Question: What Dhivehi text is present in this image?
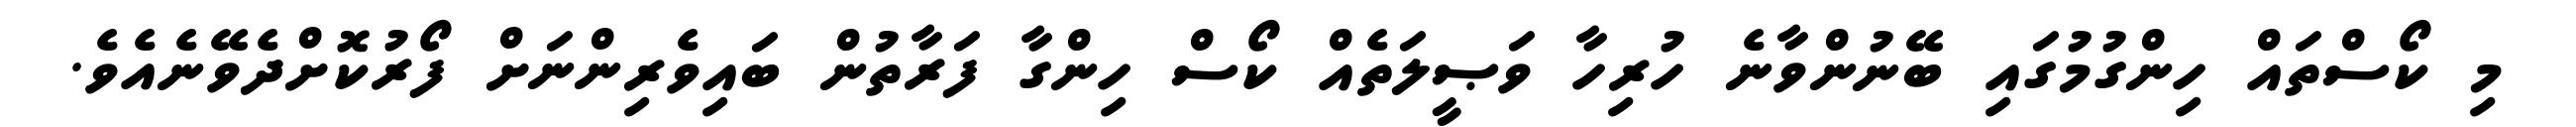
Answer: މި ކޯސްތައް ހިންގުމުގައި ބޭނުންވާނެ ހުރިހާ ވަޞީލަތެއް ކޯސް ހިންގާ ފަރާތުން ބައިވެރިންނަށް ފޯރުކޮށްދެވޭނެއެވެ.